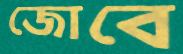
জোবে